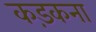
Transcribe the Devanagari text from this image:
कड़कना